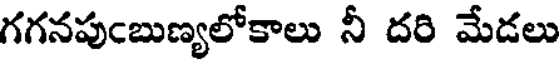
గగనపుఁబుణ్యలోకాలు నీ దరి మేడలు